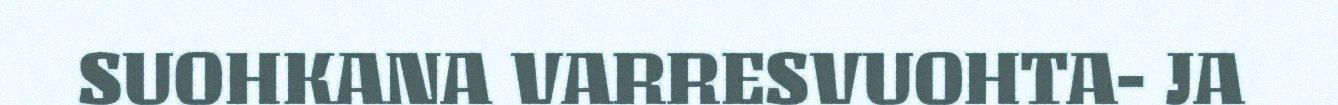
SUOHKANA VARRESVUOHTA- JA